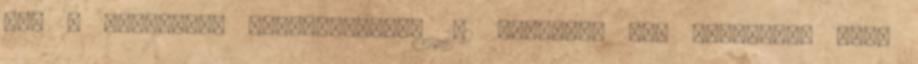
ezt a műveletet megismételtem 1-2 hetente, úgy négyszer, hogy